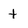
Character: t